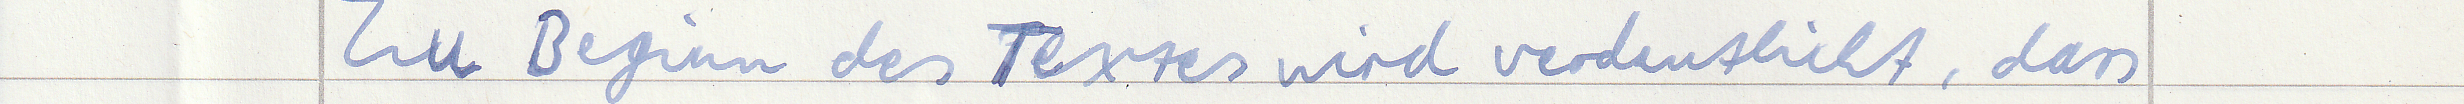
Zu Beginn des Textes wird verdeutlicht, dass